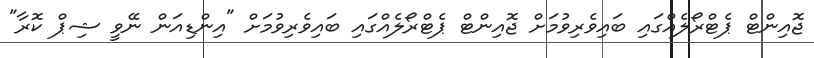
ޖޮއިންޓް ޕެޓްރޯލެއްގައި ބައިވެރިވުމަށް ޖޮއިންޓް ޕެޓްރޯލެއްގައި ބައިވެރިވުމަށް "އިންޑިއަން ނޭވީ ޝިޕް ކޮރާ"